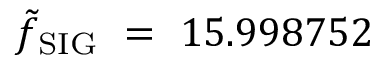
\tilde { f } _ { \mathrm { S I G } } ~ = ~ 1 5 . 9 9 8 7 5 2